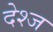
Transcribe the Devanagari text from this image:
देश्ज